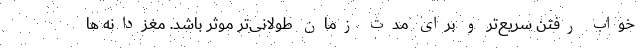
خواب رفتن سریع‌تر و برای مدت زمان طولانی‌تر موثر باشد. مغزدانه ها